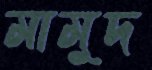
মামুদ